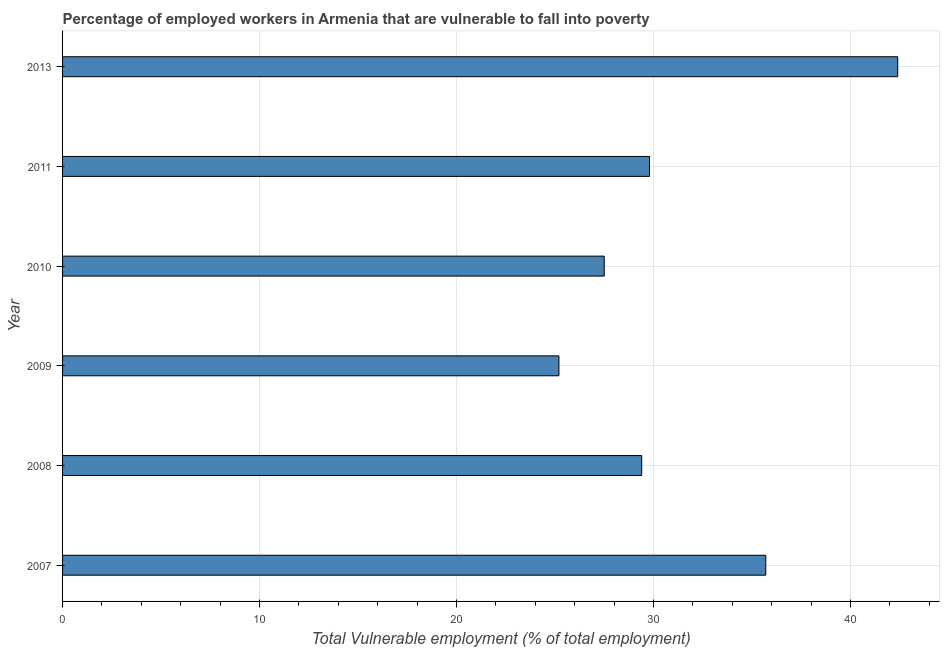
| Year | Vulnerable employment |
 | --- | --- |
 | 2007 | 35.7 |
 | 2008 | 29.4 |
 | 2009 | 25.2 |
 | 2010 | 27.5 |
 | 2011 | 29.8 |
 | 2013 | 42.4 |